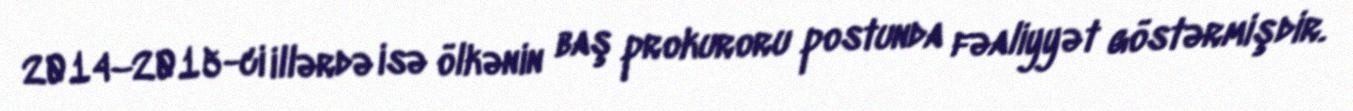
2014–2015-ci illərdə isə ölkənin baş prokuroru postunda fəaliyyət göstərmişdir.